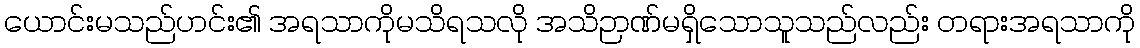
ယောင်းမသည်ဟင်း၏ အရသာကိုမသိရသလို အသိဉာဏ်မရှိသောသူသည်လည်း တရားအရသာကို